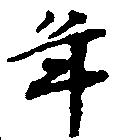
年